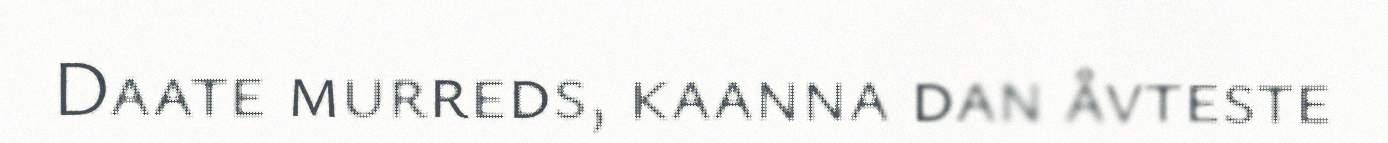
Daate murreds, kaanna dan åvteste